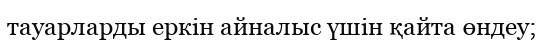
тауарларды еркін айналыс үшін қайта өндеу;